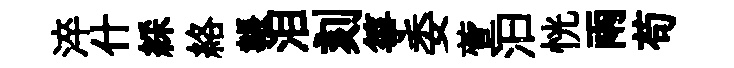
淬什綵絡韔泪刻箏委萱汩恍雨苟